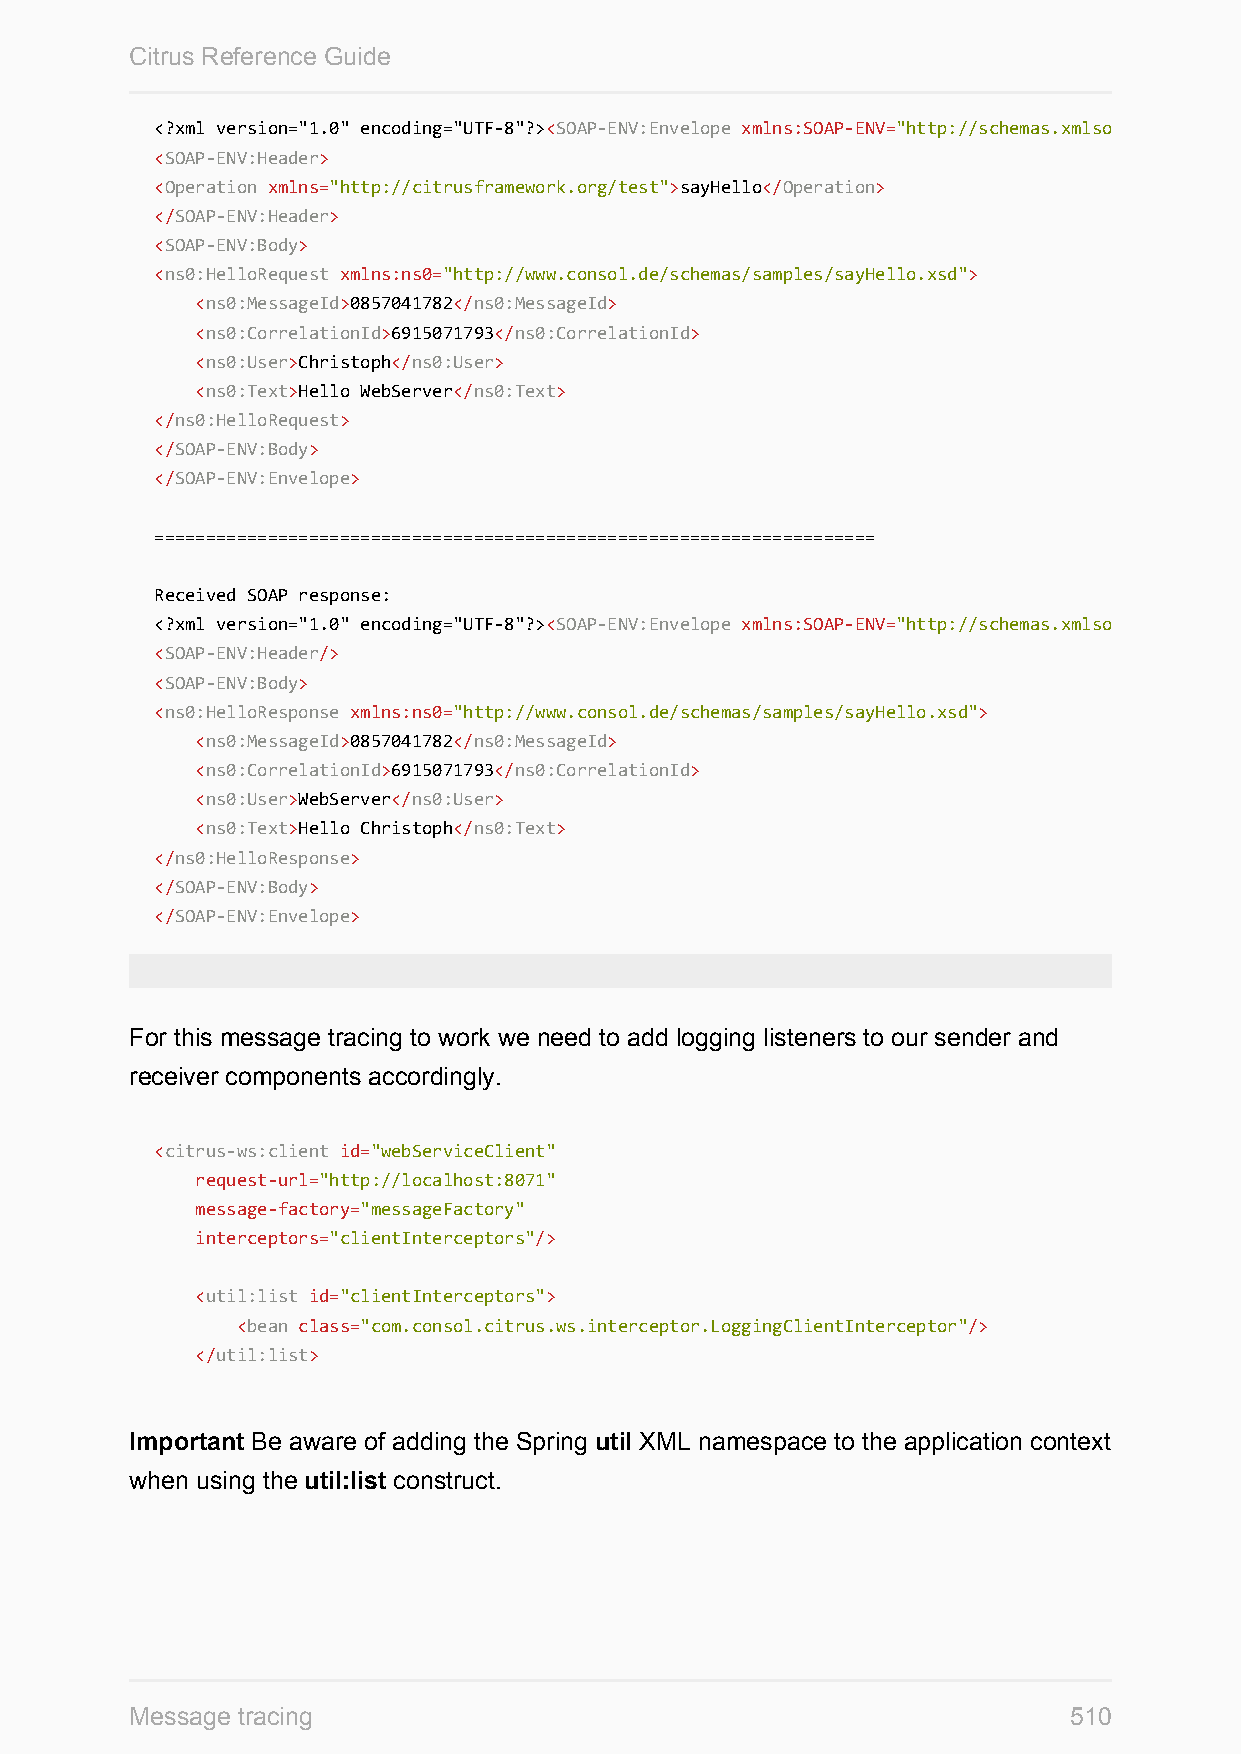
Citrus Reference Guide
 <?xml version="1.0" encoding="UTF-8"?><SOAP-ENV:Envelope xmlns:SOAP-ENV="http://schemas.xmlsoap.org/soap/envelope/"
 <SOAP-ENV:Header>
 <Operation xmlns="http://citrusframework.org/test">sayHello</Operation>
 </SOAP-ENV:Header>
 <SOAP-ENV:Body>
 <ns0:HelloRequest xmlns:ns0="http://www.consol.de/schemas/samples/sayHello.xsd">
 <ns0:MessageId>0857041782</ns0:MessageId>
 <ns0:CorrelationId>6915071793</ns0:CorrelationId>
 <ns0:User>Christoph</ns0:User>
 <ns0:Text>Hello WebServer</ns0:Text>
 </ns0:HelloRequest>
 </SOAP-ENV:Body>
 </SOAP-ENV:Envelope>
 ======================================================================
 Received SOAP response:
 <?xml version="1.0" encoding="UTF-8"?><SOAP-ENV:Envelope xmlns:SOAP-ENV="http://schemas.xmlsoap.org/soap/envelope/"
 <SOAP-ENV:Header/>
 <SOAP-ENV:Body>
 <ns0:HelloResponse xmlns:ns0="http://www.consol.de/schemas/samples/sayHello.xsd">
 <ns0:MessageId>0857041782</ns0:MessageId>
 <ns0:CorrelationId>6915071793</ns0:CorrelationId>
 <ns0:User>WebServer</ns0:User>
 <ns0:Text>Hello Christoph</ns0:Text>
 </ns0:HelloResponse>
 </SOAP-ENV:Body>
 </SOAP-ENV:Envelope>
 For this message tracing to work we need to add logging listeners to our sender and
 receiver components accordingly.
 <citrus-ws:client id="webServiceClient"
 request-url="http://localhost:8071"
 message-factory="messageFactory"
 interceptors="clientInterceptors"/>
 <util:list id="clientInterceptors">
 <bean class="com.consol.citrus.ws.interceptor.LoggingClientInterceptor"/>
 </util:list>
 Important Be aware of adding the Spring util XML namespace to the application context
 when using the util:list construct.
 Message tracing                                               510